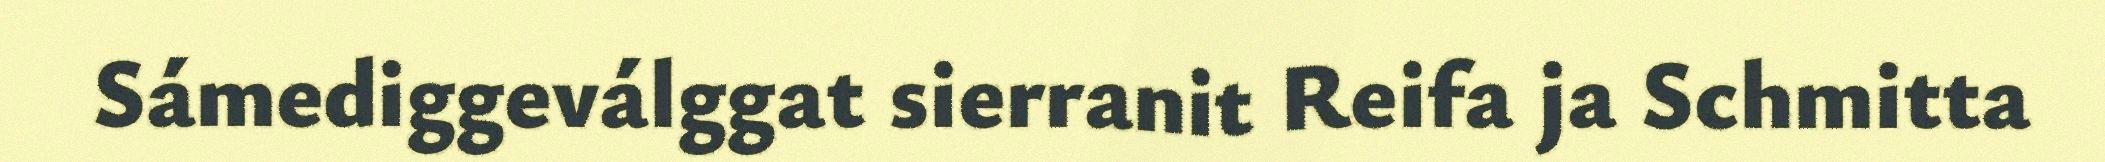
Sámediggeválggat sierranit Reifa ja Schmitta